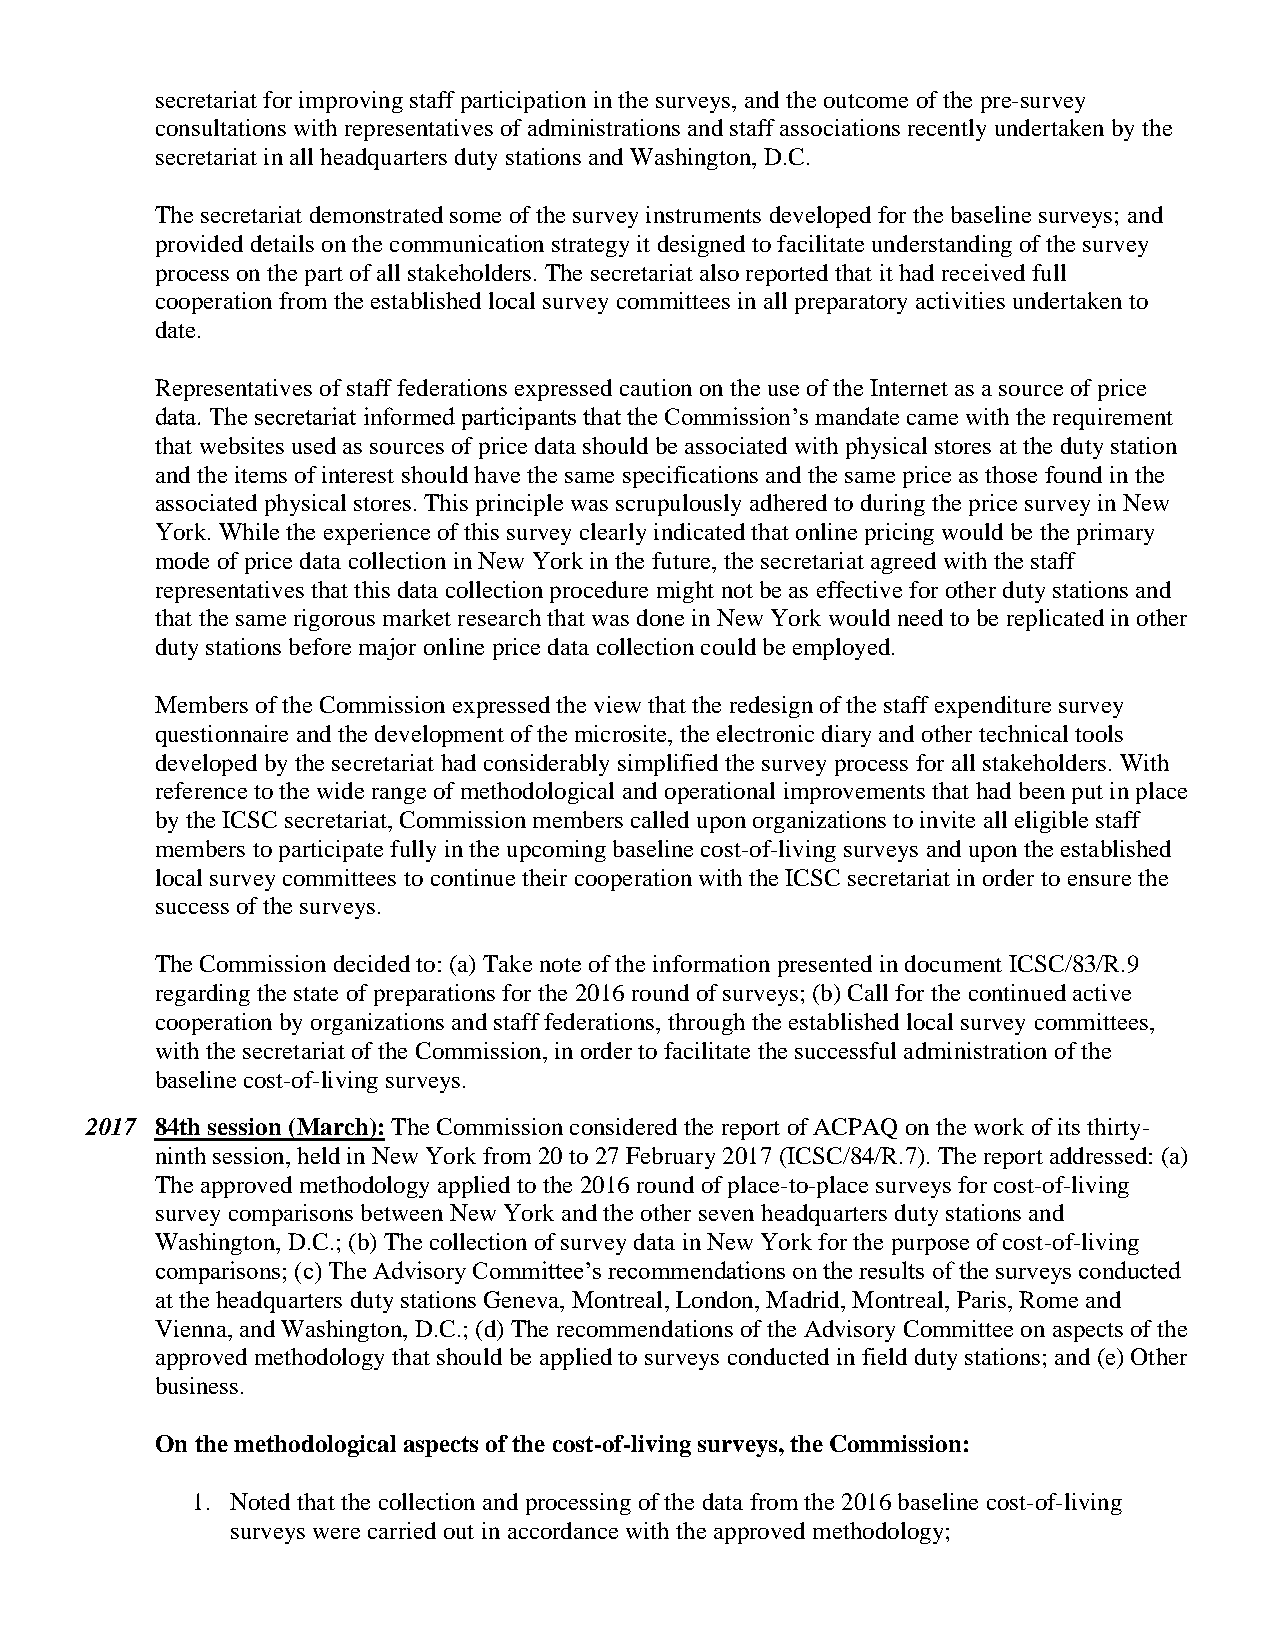
secretariat for improving staff participation in the surveys, and the outcome of the pre-survey
 consultations with representatives of administrations and staff associations recently undertaken by the
 secretariat in all headquarters duty stations and Washington, D.C.
 The secretariat demonstrated some of the survey instruments developed for the baseline surveys; and
 provided details on the communication strategy it designed to facilitate understanding of the survey
 process on the part of all stakeholders. The secretariat also reported that it had received full
 cooperation from the established local survey committees in all preparatory activities undertaken to
 date.
 Representatives of staff federations expressed caution on the use of the Internet as a source of price
 data. The secretariat informed participants that the Commission’s mandate came with the requirement
 that websites used as sources of price data should be associated with physical stores at the duty station
 and the items of interest should have the same specifications and the same price as those found in the
 associated physical stores. This principle was scrupulously adhered to during the price survey in New
 York. While the experience of this survey clearly indicated that online pricing would be the primary
 mode of price data collection in New York in the future, the secretariat agreed with the staff
 representatives that this data collection procedure might not be as effective for other duty stations and
 that the same rigorous market research that was done in New York would need to be replicated in other
 duty stations before major online price data collection could be employed.
 Members of the Commission expressed the view that the redesign of the staff expenditure survey
 questionnaire and the development of the microsite, the electronic diary and other technical tools
 developed by the secretariat had considerably simplified the survey process for all stakeholders. With
 reference to the wide range of methodological and operational improvements that had been put in place
 by the ICSC secretariat, Commission members called upon organizations to invite all eligible staff
 members to participate fully in the upcoming baseline cost-of-living surveys and upon the established
 local survey committees to continue their cooperation with the ICSC secretariat in order to ensure the
 success of the surveys.
 The Commission decided to: (a) Take note of the information presented in document ICSC/83/R.9
 regarding the state of preparations for the 2016 round of surveys; (b) Call for the continued active
 cooperation by organizations and staff federations, through the established local survey committees,
 with the secretariat of the Commission, in order to facilitate the successful administration of the
 baseline cost-of-living surveys.
 2017 84th session (March): The Commission considered the report of ACPAQ on the work of its thirty-
 ninth session, held in New York from 20 to 27 February 2017 (ICSC/84/R.7). The report addressed: (a)
 The approved methodology applied to the 2016 round of place-to-place surveys for cost-of-living
 survey comparisons between New York and the other seven headquarters duty stations and
 Washington, D.C.; (b) The collection of survey data in New York for the purpose of cost-of-living
 comparisons; (c) The Advisory Committee’s recommendations on the results of the surveys conducted
 at the headquarters duty stations Geneva, Montreal, London, Madrid, Montreal, Paris, Rome and
 Vienna, and Washington, D.C.; (d) The recommendations of the Advisory Committee on aspects of the
 approved methodology that should be applied to surveys conducted in field duty stations; and (e) Other
 business.
 On the methodological aspects of the cost-of-living surveys, the Commission:
 1. Noted that the collection and processing of the data from the 2016 baseline cost-of-living
 surveys were carried out in accordance with the approved methodology;